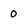
Character: 0